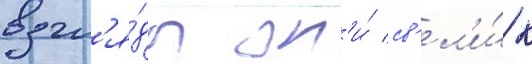
взгл'я́ды он'и́ св'ел'и́ к